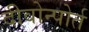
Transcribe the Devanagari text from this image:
दीवोन्पोर्त